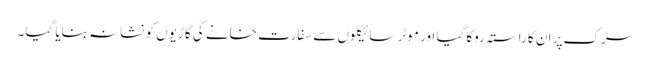
سڑک پر ان کا راستہ روکا گیا اور موٹر سائیکلوں سے سفارت خانے کی گاڑیوں کو نشانہ بنایا گیا۔